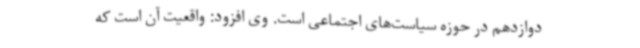
دوازدهم در حوزه سیاست‌های اجتماعی است. وی افزود: واقعیت آن است که